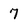
Character: 7